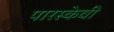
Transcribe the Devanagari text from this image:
पारस्केवी